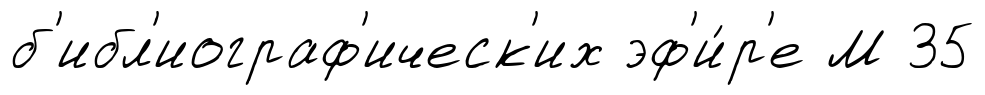
б'ибл'иограф'ическ'их эф'и́р'е М 35